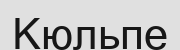
Кюльпе